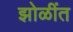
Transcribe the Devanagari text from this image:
झोळींत